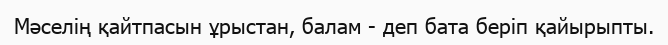
Мәселің қайтпасын ұрыстан, балам - деп бата беріп қайырыпты.